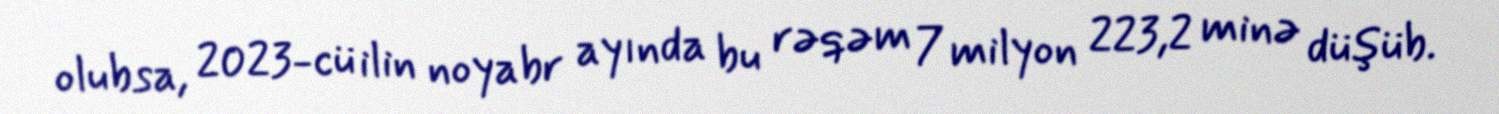
olubsa, 2023-cü ilin noyabr ayında bu rəqəm 7 milyon 223,2 minə düşüb.